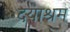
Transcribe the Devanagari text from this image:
दयाश्रम